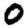
Digit: 0